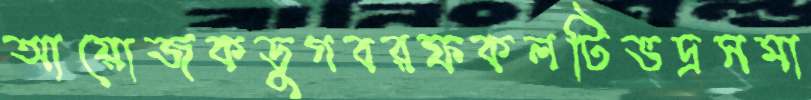
আয়োজকডুগবরফকলটিভদ্রসমা